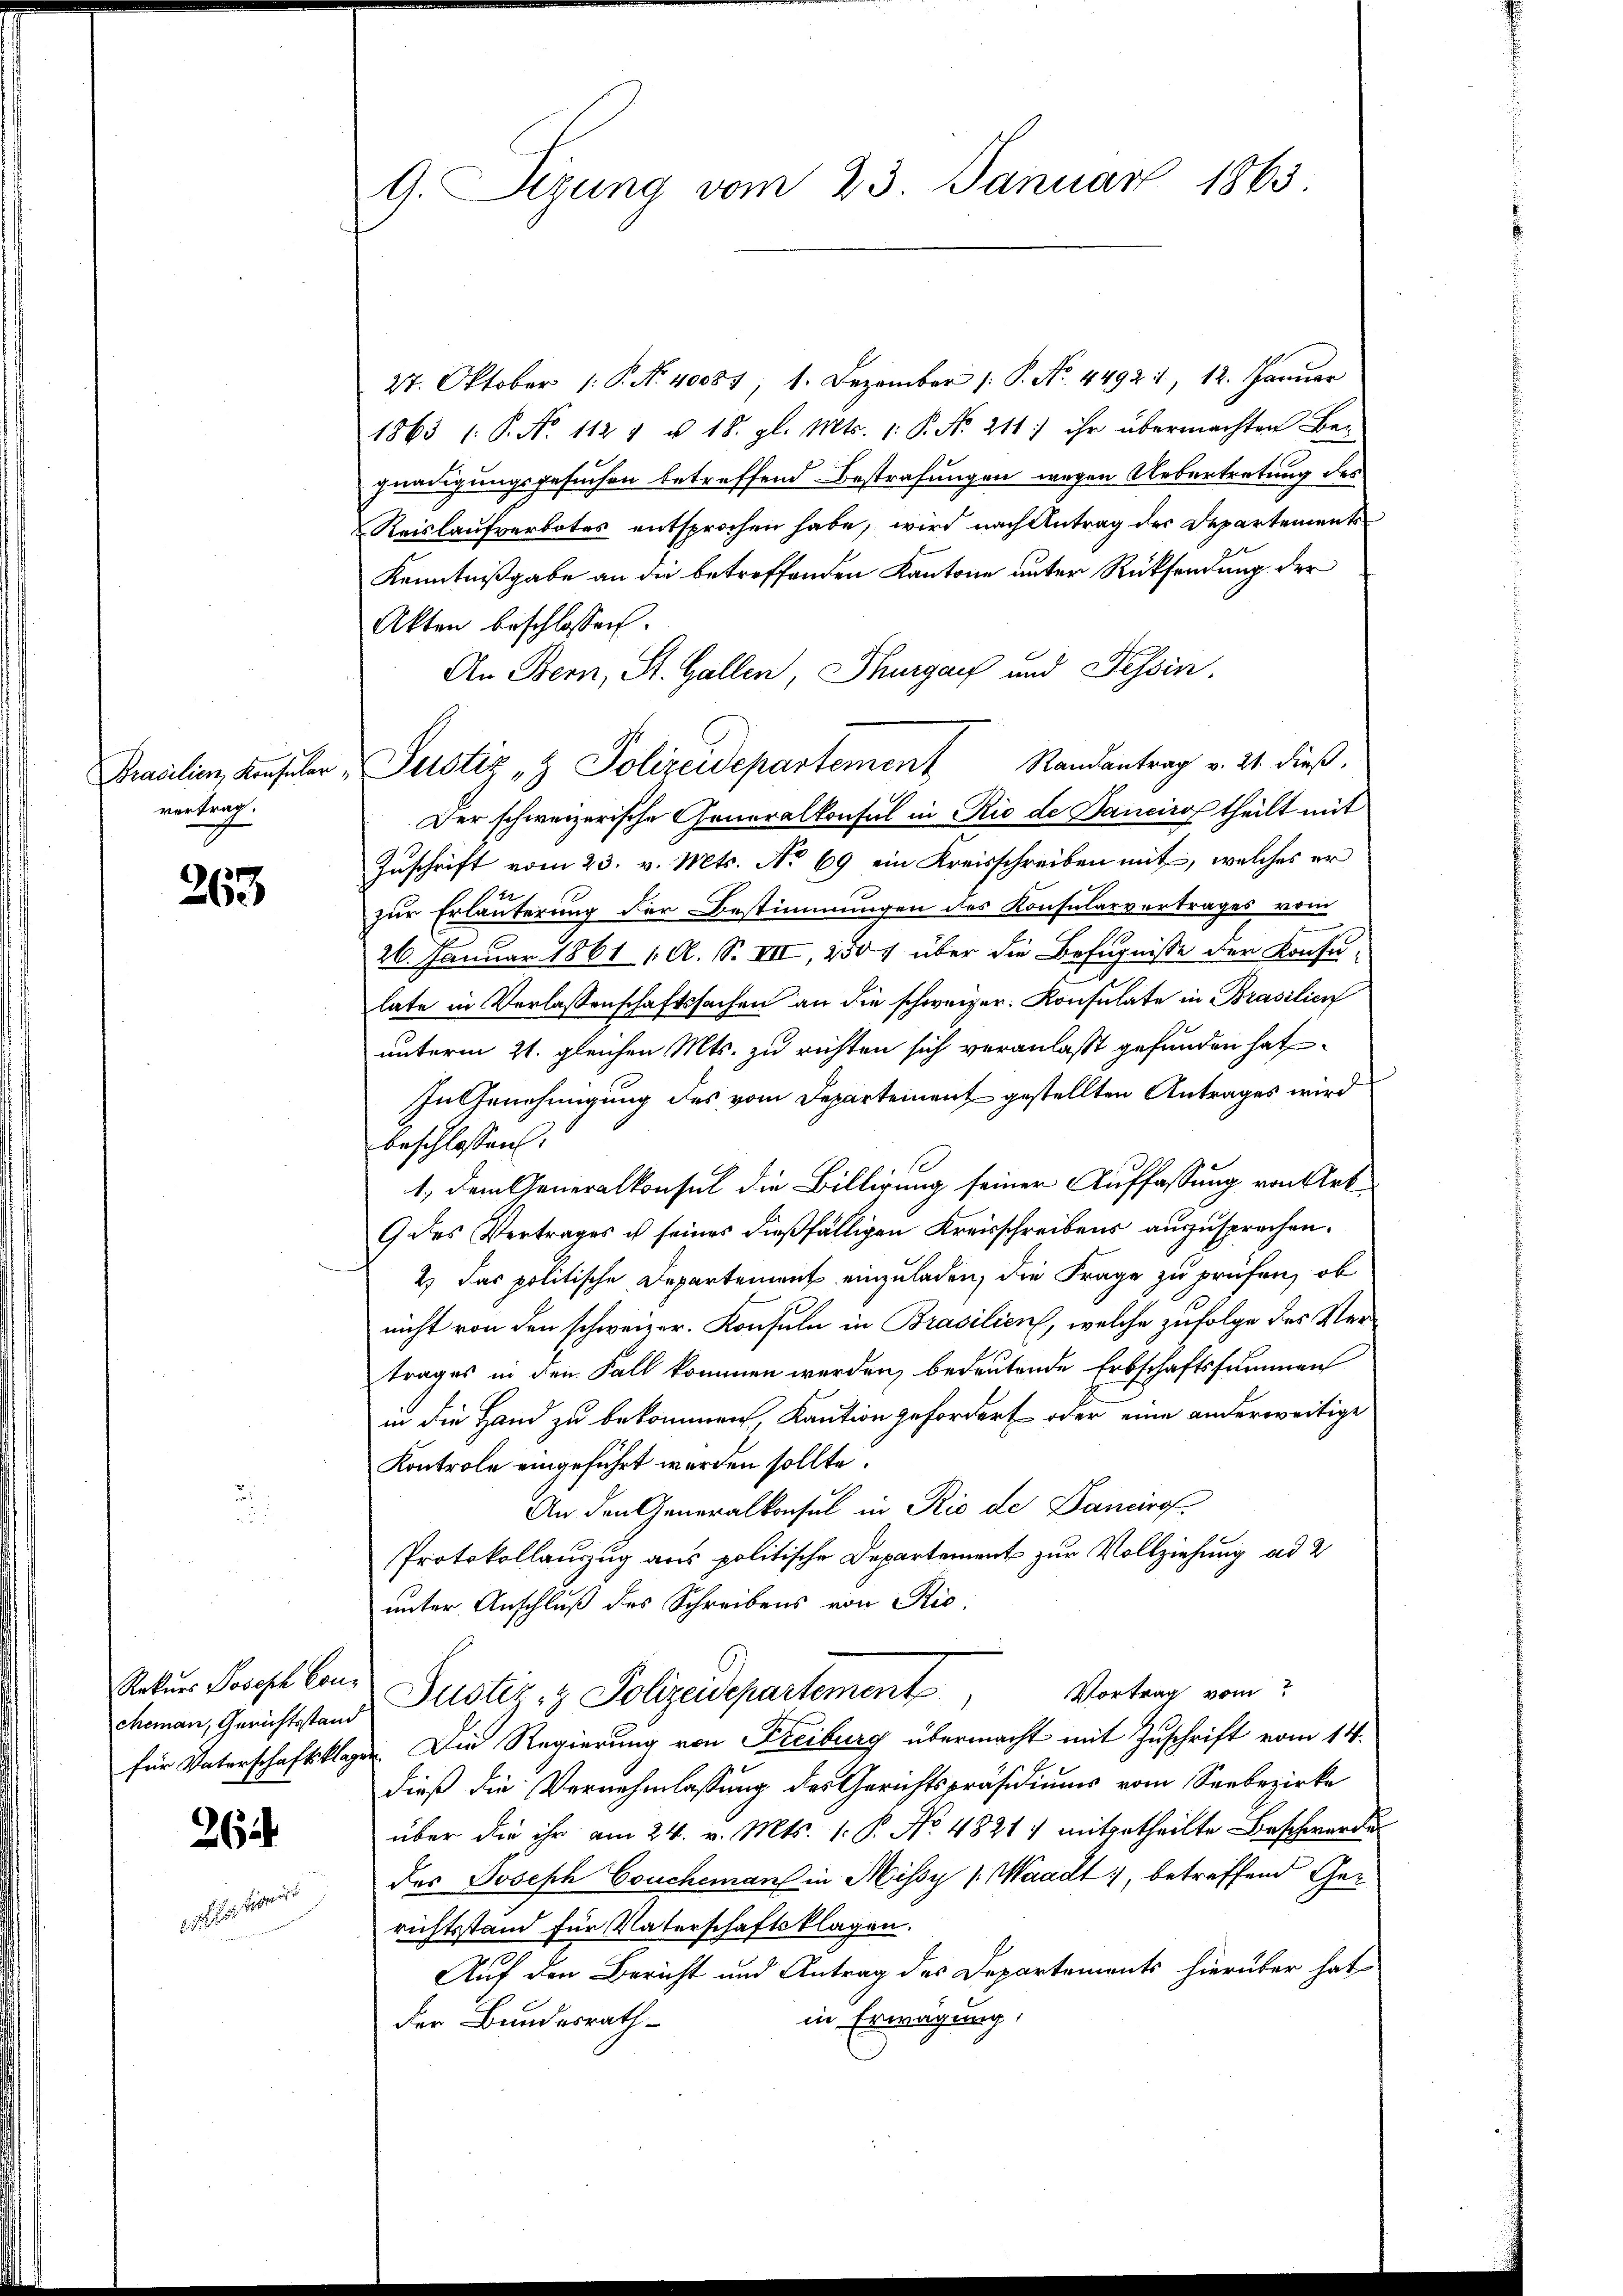
Brasilien, Konsuler,
vertrag.

263

Rekurs Joseph Con¬

26

ohheiterein

G. Sizung vom 23. Januar 1863.

27. Oktober (: P. Nr. 40081, 1. Dezember (: P. Nr. 44921, 12. Januar
1863 1: P. No 1121 u 18. gl. Mts. 1. P. Nr. 211; ihr übermachten Begnadigungsgesuchen betreffend Bestrafungen wegen Uebertretung des
Reislaufverbotes entsprochen habe, wird nach Antrag der Departements
Kenntnißgabe an die betreffenden Kantone unter Rücksendung der
Akten beschlossen:
An Bern, St. Gallen, Thurgau und Tessin.
Justiz & Polizeidepartement Randantrag v. 21. dieß.
Der schweizerische Generalkonsul in Rio de Danciro theilt mit
Zuschrift vom 23. v. Mts. No 69 ein Kreisschreiben mit, welches er
zur Erläuterung der Bestimmungen des Konsularvertrages vom
26. Januar 1861 1. A. S. VII, 250 f über die Befugnisse der Konsu-
late in Verlassenschaftssachen an die schweizer. Konsulate in Brasilien
unterm 21. gleichen Mts. zu richten sich veranlasst gefunden hat
In Genehmigung des vom Departement gestellten Antrages wird
beschlossen:
1. dem Generalkonsul die Billigung seiner Auffassung von Art
9 des Vertrages u seines dießfälligen Kreisschreibens auszusprechen.
2.) Das politische Departement einzuladen, die Frage zu prüfen, ob
nicht von den schweizer. Konsuln in Brasilien, welche zufolge des Vertrages in den Fall kommen werden, bedeutende Erbschaftssummen
in die Hand zu bekommen, Kaution gefordert oder eine anderweitige
Kontrole eingeführt werden sollte.
An den Generalkonsul in Rio de Dancirof-
Protokollauszug aus politische Departement zur Vollziehung ad 2
unter Anschluß des Schreibens von Ric
Vortrag vom
chanen, Gerichtstand Justiz- & Polizeidepartement
für Vaterschaftsklager. Die Regierung von Freiburg übermacht mit Zuschrift vom 14.
dieß die Vernehmlassung des Gerichtspräsidiums vom Seebezirke
über die ihr am 24. v. Mts. 1. P. No. 4821) mitgetheilte Beschwerden
des Joseph Coucheman in Missy (Waadt, betreffend Gerichtsstand für Vaterschaftsklagen.
Auf den Bericht und Antrag des Departements hierüber hat
in Erwägung,
der Bundesrath